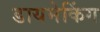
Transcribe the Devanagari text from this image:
डायमेकिंग